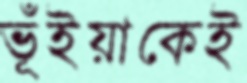
ভূঁইয়াকেই